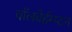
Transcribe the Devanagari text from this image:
वॉलवेर्हम्प्टन